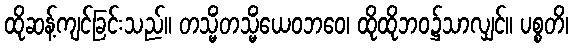
ထိုဆန့်ကျင်ခြင်းသည်။ တသ္မိံတသ္မိံယေဝဘဝေ၊ ထိုထိုဘဝ၌သာလျှင်။ ပစ္စတိ၊